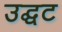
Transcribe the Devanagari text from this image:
उद्घट